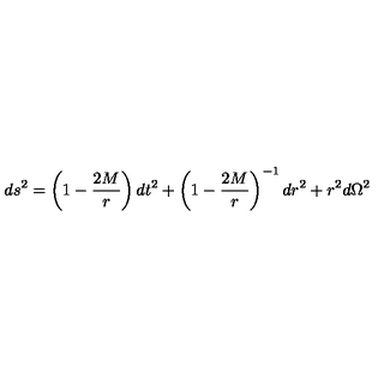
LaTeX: d s ^ { 2 } = \left( 1 - { \frac { 2 M } { r } } \right) d t ^ { 2 } + \left( 1 - { \frac { 2 M } { r } } \right) ^ { - 1 } d r ^ { 2 } + r ^ { 2 } d \Omega ^ { 2 }